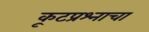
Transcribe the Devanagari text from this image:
कूटप्रश्नाचा